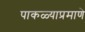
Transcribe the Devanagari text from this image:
पाकळ्याप्रमाणे